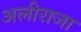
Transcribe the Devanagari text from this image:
अलीराजा